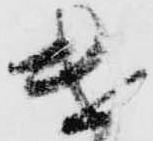
遣